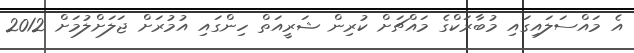
އެ މައްސަލައިގައި މުބާރަކްގެ މައްޗަށް ކުރިން ޝަރީއަތް ހިންގައި އުމުރަށް ޖަލަށްލުމަށް 2012